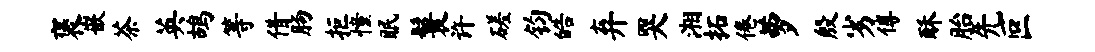
褒嵌茶英鸪等借肠拒憧眠鬟许磋钧皓弃哭湘拓倦萝殷劣傅酥胎先叵